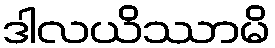
ဒါလယိဿာမိ